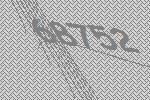
68752